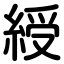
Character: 綬